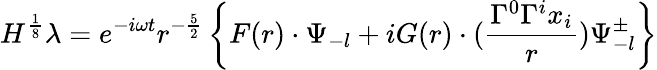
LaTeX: H^{\frac{1}{8}}\lambda=e^{-i\omega t}r^{-\frac{5}{2}}\left\{ F(r)\cdot\Psi_{-l}+iG(r)\cdot(\frac{\Gamma^{0}\Gamma^{i}x_{i}}{r})\Psi_{-l}^{\pm}\right\}